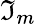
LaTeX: \mathfrak{I}_{m}